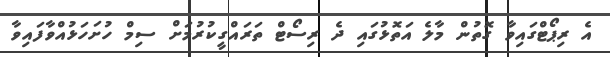
އެ ރިޕޯޓްގައިވާ ގޮތުން މާލެ އަތޮޅުގައި ދެ ރިސޯޓް ތަރައްގީކުރުމަށް ސިމް ހުށަހަޅުއްވާފައިވާ